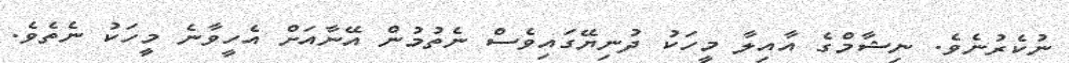
ނުކެރުނެވެ. ނިޝާމްގެ އާއިލާ މީހަކު ދުނިޔޭގައިވެސް ނެތުމުން އޭނާއަށް އެހީވާނެ މީހަކު ނެތެވެ.